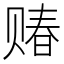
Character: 䞐